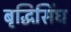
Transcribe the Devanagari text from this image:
बृद्धिसिंघ